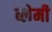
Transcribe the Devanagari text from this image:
ब्लेमी